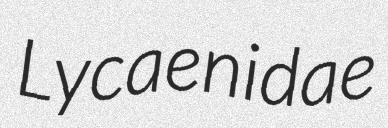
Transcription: Lycaenidae